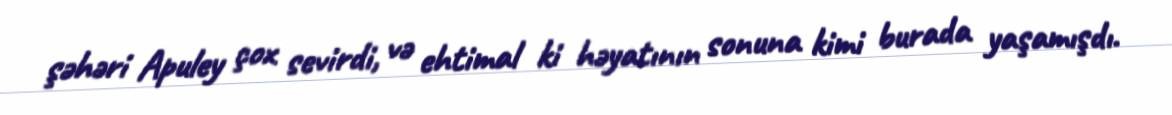
şəhəri Apuley çox sevirdi, və ehtimal ki həyatının sonuna kimi burada yaşamışdı.